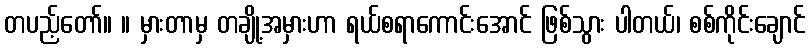
တပည့်တော်။ ။ မှားတာမှ တချို့အမှားဟာ ရယ်စရာကောင်းအောင် ဖြစ်သွား ပါတယ်၊ စစ်ကိုင်းချောင်